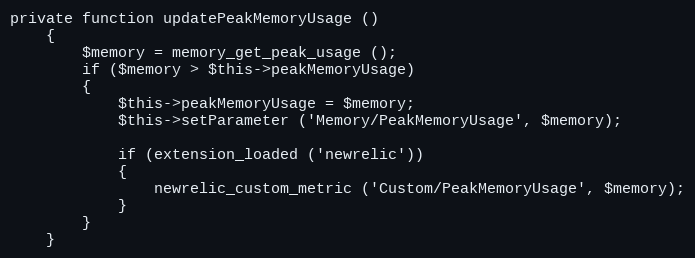
Language: PHP
private function updatePeakMemoryUsage ()
	{
		$memory = memory_get_peak_usage ();
		if ($memory > $this->peakMemoryUsage)
		{
			$this->peakMemoryUsage = $memory;
			$this->setParameter ('Memory/PeakMemoryUsage', $memory);

			if (extension_loaded ('newrelic'))
			{
				newrelic_custom_metric ('Custom/PeakMemoryUsage', $memory);
			}
		}
	}